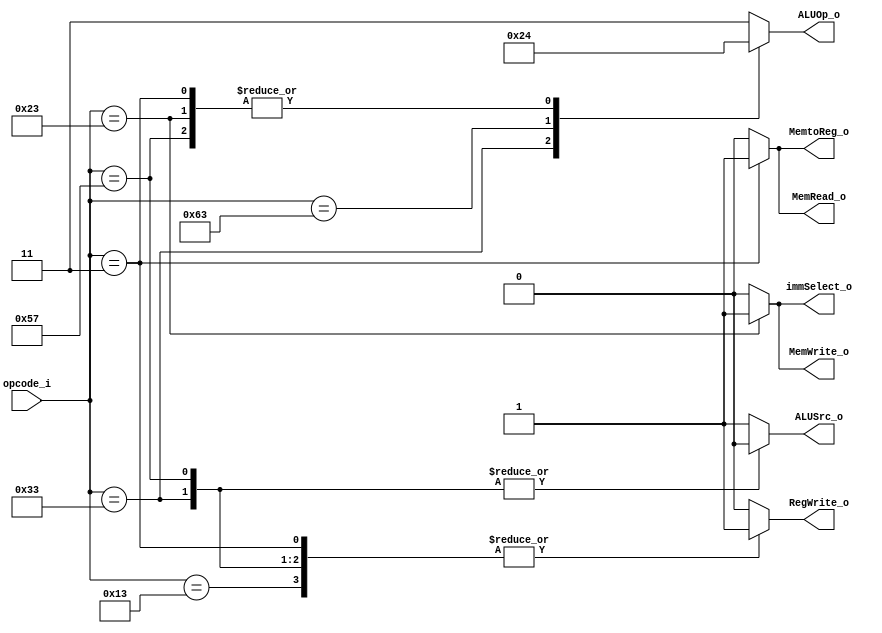
`timescale 1ns / 1ps

module Control(opcode_i,MemtoReg_o,MemRead_o,MemWrite_o,RegWrite_o,ALUOp_o,ALUSrc_o,immSelect_o);

input [6:0] opcode_i;
output reg [1:0] ALUOp_o;
output reg MemtoReg_o,MemRead_o,MemWrite_o,RegWrite_o;
output reg ALUSrc_o,immSelect_o;

always@(*)begin

  case(opcode_i)

  7'b0010011 : begin //addi
  ALUOp_o = 2'b11;
  ALUSrc_o = 1'b1;
  RegWrite_o = 1'b1;
  MemRead_o = 1'b0;
  MemWrite_o = 1'b0;
  MemtoReg_o = 1'b0;
  immSelect_o = 1'b0;
  end
  
  7'b0110011 : begin //others
  ALUOp_o = 2'b10;
  ALUSrc_o = 1'b0;
  RegWrite_o = 1'b1;
  MemRead_o = 1'b0;
  MemWrite_o = 1'b0;
  MemtoReg_o = 1'b0;
  immSelect_o = 1'b0;
  end

  7'b1100011 : begin //beq
  ALUOp_o = 2'b01;
  ALUSrc_o = 1'b1;
  RegWrite_o = 1'b0;
  MemRead_o = 1'b0;
  MemWrite_o = 1'b0;
  MemtoReg_o = 1'b0;
  immSelect_o = 1'b0;
  end

  7'b0000011 : begin //lw
  ALUOp_o = 2'b00;
  ALUSrc_o = 1'b1;
  MemRead_o = 1'b1;
  MemtoReg_o = 1'b1;
  RegWrite_o = 1'b1;
  MemWrite_o = 1'b0;
  immSelect_o = 1'b0;
  end

  7'b0100011 : begin //sw
  ALUOp_o = 2'b00;
  ALUSrc_o = 1'b1;
  MemWrite_o = 1'b1;
  RegWrite_o = 1'b0;
  MemRead_o = 1'b0;
  MemtoReg_o = 1'b0;
  immSelect_o = 1'b1;
  end

  //---------NEW-----------
  7'b1010111: begin //vector
  ALUOp_o = 2'b00; //useless
  ALUSrc_o = 1'b0;
  RegWrite_o = 1'b1;
  MemRead_o = 1'b0;
  MemWrite_o = 1'b0;
  MemtoReg_o = 1'b0;
  immSelect_o = 1'b0;
  end
  //---------NEW-----------

  default : begin
  ALUOp_o = 2'b11;
  ALUSrc_o = 1'b1;
  RegWrite_o = 1'b0;
  MemRead_o = 1'b0;
  MemWrite_o = 1'b0;
  MemtoReg_o = 1'b0;
  immSelect_o = 1'b0;
  end
  endcase
end
endmodule